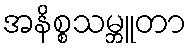
အနိစ္စသမ္ဘူတာ